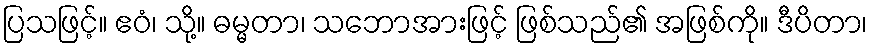
ပြသဖြင့်။ ဧဝံ၊ သို့။ ဓမ္မတာ၊ သဘောအားဖြင့် ဖြစ်သည်၏ အဖြစ်ကို။ ဒီပိတာ၊